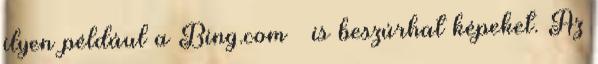
ilyen például a Bing.com – is beszúrhat képeket. Az